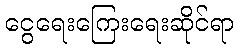
ငွေရေးကြေးရေးဆိုင်ရာ